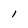
Character: 1